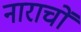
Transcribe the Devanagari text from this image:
नाराचों